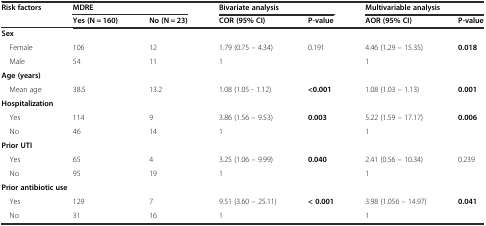
<table><thead><tr><td rowspan="2"><b>Risk factors</b></td><td colspan="2"><b>MDRE</b></td><td colspan="2"><b>Bivariate analysis</b></td><td colspan="2"><b>Multivariable analysis</b></td></tr><tr><td><b>Yes (N = 160)</b></td><td><b>No (N = 23)</b></td><td><b>COR (95% CI)</b></td><td><b>P-value</b></td><td><b>AOR (95% CI)</b></td><td><b>P-value</b></td></tr></thead><tbody><tr><td colspan="7"><b>Sex</b></td></tr><tr><td> Female</td><td>106</td><td>12</td><td>1.79 (0.75 – 4.34)</td><td>0.191</td><td>4.46 (1.29 – 15.35)</td><td><b>0.018</b></td></tr><tr><td> Male</td><td>54</td><td>11</td><td>1</td><td></td><td>1</td><td></td></tr><tr><td colspan="7"><b>Age (years)</b></td></tr><tr><td> Mean age</td><td>38.5</td><td>13.2</td><td>1.08 (1.05 - 1.12)</td><td><b>&lt;0.001</b></td><td>1.08 (1.03 – 1.13)</td><td><b>0.001</b></td></tr><tr><td colspan="7"><b>Hospitalization</b></td></tr><tr><td> Yes</td><td>114</td><td>9</td><td>3.86 (1.56 – 9.53)</td><td><b>0.003</b></td><td>5.22 (1.59 – 17.17)</td><td><b>0.006</b></td></tr><tr><td> No</td><td>46</td><td>14</td><td>1</td><td></td><td>1</td><td></td></tr><tr><td><b>Prior UTI</b></td><td colspan="6"></td></tr><tr><td> Yes</td><td>65</td><td>4</td><td>3.25 (1.06 – 9.99)</td><td><b>0.040</b></td><td>2.41 (0.56 – 10.34)</td><td>0.239</td></tr><tr><td> No</td><td>95</td><td>19</td><td>1</td><td></td><td>1</td><td></td></tr><tr><td colspan="7"><b>Prior antibiotic use</b></td></tr><tr><td> Yes</td><td>129</td><td>7</td><td>9.51 (3.60 – 25.11)</td><td><b>&lt; 0.001</b></td><td>3.98 (1.056 – 14.97)</td><td><b>0.041</b></td></tr><tr><td> No</td><td>31</td><td>16</td><td>1</td><td></td><td>1</td><td></td></tr></tbody></table>